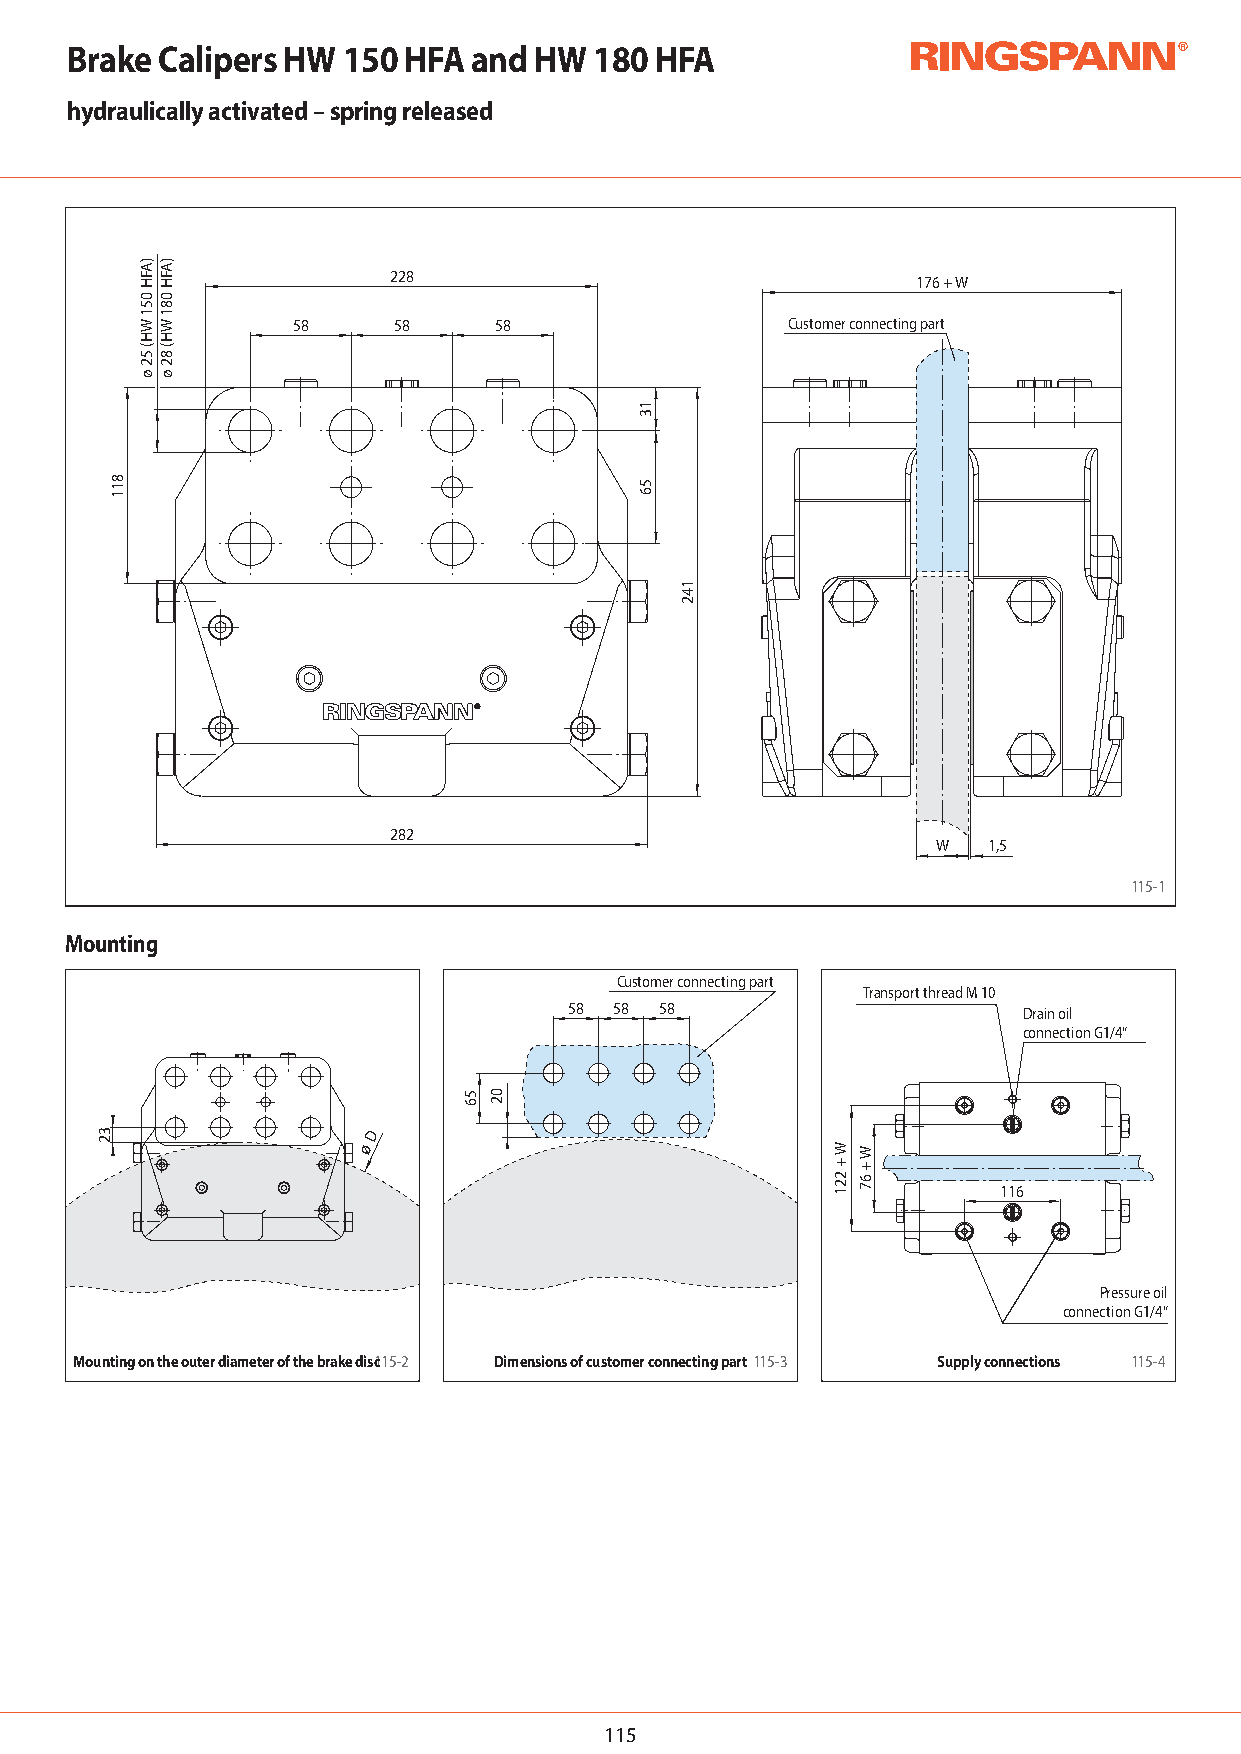
Brake Calipers HW  150 HFA and HW  180 HFA
 hydraulically activated – spring released
 228                                176 + W
 58     58     58                 Customer connecting part
 282
 W  1,5
 115-1
 Mounting
 Customer connecting part
 Transport thread M 10
 58 58 58                      Drain oil
 connection G1/4“
 D
 ø
 116
 Pressure oil
 connection G1/4“
 Mounting on the outer diameter of the brake disc115-2 Dimensions of customer connecting part115-3 Supply connections 115-4
 115
 32
 811
 )AFH
 051
 WH(
 52
 ø
 )AFH
 081
 WH(
 82
 ø
 56 02
 13
 56
 142
 W
 +
 221
 W
 +
 67